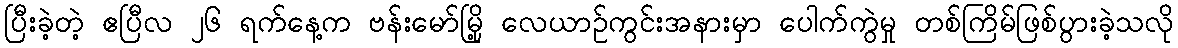
ပြီးခဲ့တဲ့ ဧပြီလ ၂၆ ရက်နေ့က ဗန်းမော်မြို့ လေယာဉ်ကွင်းအနားမှာ ပေါက်ကွဲမှု တစ်ကြိမ်ဖြစ်ပွားခဲ့သလို